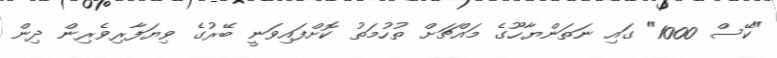
"ކޭސް 1000" ގައި ނަތަންޔާހޫގެ މައްޗަށް ތުހުމަތު ކޮށްފައިވަނީ ބޭރުގެ ވިޔަފާރިވެރިން ދިން